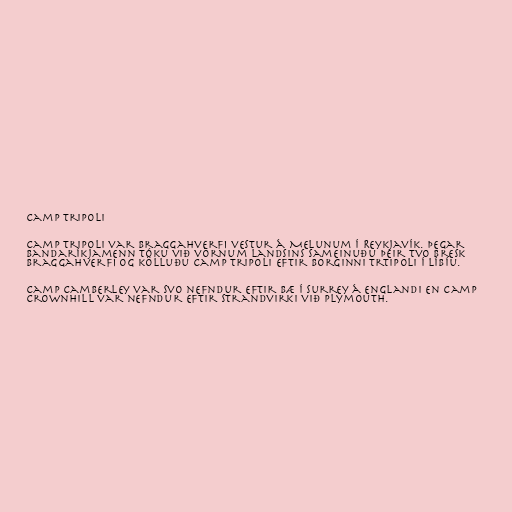
Camp Tripoli

Camp Tripoli var braggahverfi vestur á Melunum í Reykjavík. Þegar
Bandaríkjamenn tóku við vörnum landsins sameinuðu þeir tvo bresk
braggahverfi og kölluðu Camp Tripoli eftir borginni Trtipoli í Líbíu.

Camp Camberley var svo nefndur eftir bæ í Surrey á Englandi en Camp
Crownhill var nefndur eftir strandvirki við Plymouth.